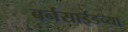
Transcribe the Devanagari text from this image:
बर्नसाईडच्या